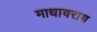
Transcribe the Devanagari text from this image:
माधावराय